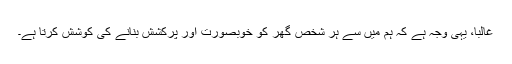
غالباً، یہی وجہ ہے کہ ہم میں سے ہر شخص گھر کو خوبصورت اور پرکشش بنانے کی کوشش کرتا ہے۔